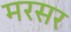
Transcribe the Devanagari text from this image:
मरसर